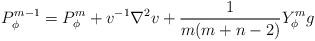
LaTeX: \begin{align*} P_\phi^{m-1} = P_\phi^m + v^{-1}\nabla^2v + \frac{1}{m(m+n-2)}Y_\phi^m g \end{align*}